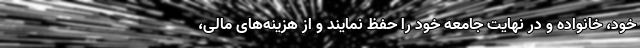
خود، خانواده و در نهایت جامعه خود را حفظ نمایند و از هزینه‌های مالی،